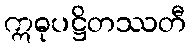
ဣဓုပဋ္ဌိတဿတီ